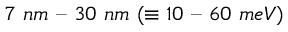
7 \ n m \textrm { -- } 3 0 \ n m \ ( \equiv 1 0 \textrm { -- } 6 0 \ m e V )